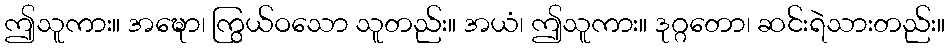
ဤသူကား။ အဍ္ဎော၊ ကြွယ်ဝသော သူတည်း။ အယံ၊ ဤသူကား။ ဒုဂ္ဂတော၊ ဆင်းရဲသားတည်း။